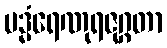
ပဒ္မံရေဏုရဇုဂ္ဂတာ